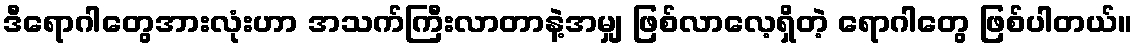
ဒီရောဂါတွေအားလုံးဟာ အသက်ကြီးလာတာနဲ့အမျှ ဖြစ်လာလေ့ရှိတဲ့ ရောဂါတွေ ဖြစ်ပါတယ်။